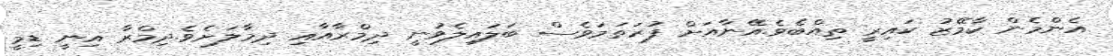
އެންމެން ކާމޭޒު ކައިރީ ތިއްބެވެ.އޭނާއަށް ފުރަތަމަވެސް ބަލައިލެވުނީ ދިމްރާއާއި ދިމާލަށެވެ.ދިމްރާ އިނީ ޑިމީ